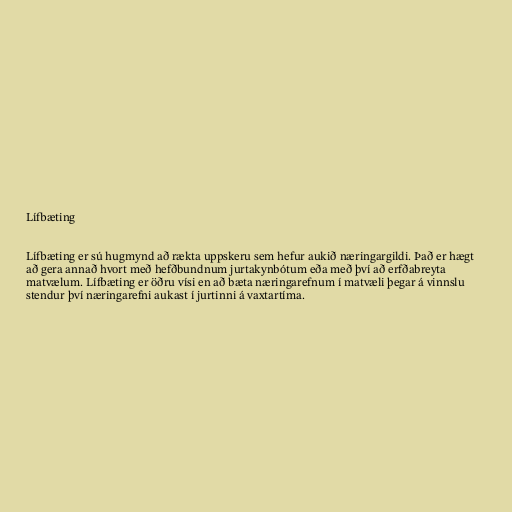
Lífbæting

Lífbæting er sú hugmynd að rækta uppskeru sem hefur aukið næringargildi. Það er hægt
að gera annað hvort með hefðbundnum jurtakynbótum eða með því að erfðabreyta
matvælum. Lífbæting er öðru vísi en að bæta næringarefnum í matvæli þegar á vinnslu
stendur því næringarefni aukast í jurtinni á vaxtartíma.